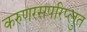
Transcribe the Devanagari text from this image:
करुणरसपरिप्लुत